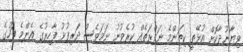
ވިޔާނުދާކޮށް އުޅޭތީ ކިތަންމެ ނަފްރަތެއް ކުރެވުނު ނަމަވެސް ދަރިފުޅު ފާހިރުގެ އެންމެ ފަހުގެ